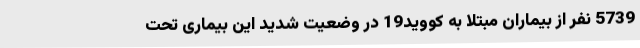
5739 نفر از بیماران مبتلا به کووید19 در وضعیت شدید این بیماری تحت